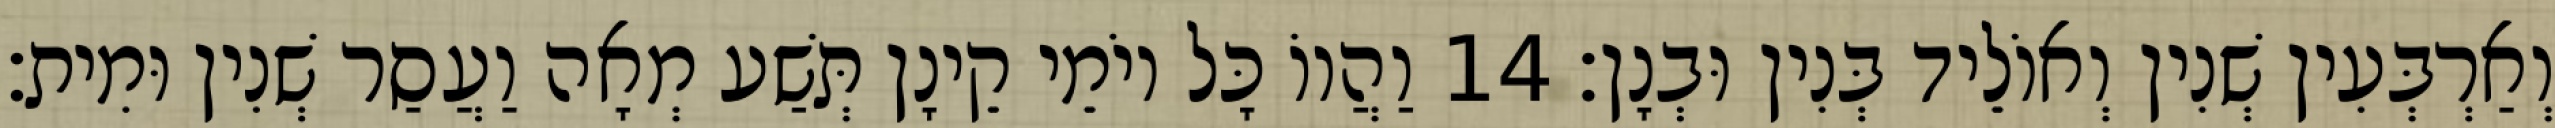
וְאַרְבְּעִין שְׁנִין וְאוֹלֵיד בְּנִין וּבְנָן׃ 14 וַהֲווֹ כָּל יוֹמֵי קֵינָן תְּשַׁע מְאָה וַעֲסַר שְׁנִין וּמִית׃